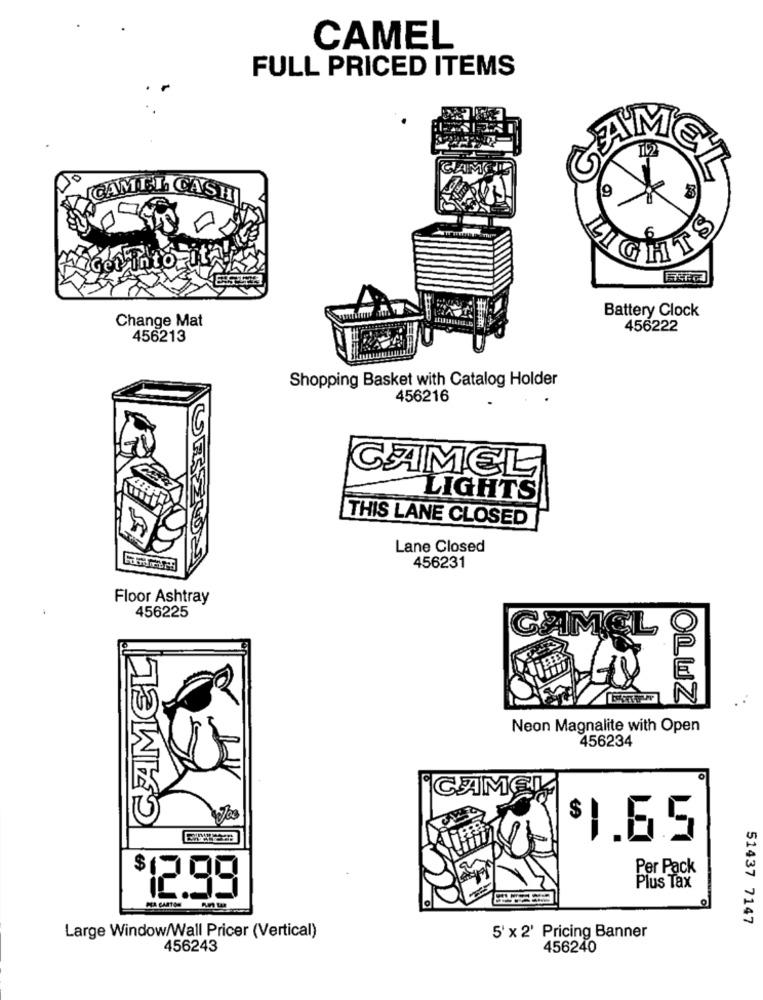
CAMEL
FULL PRICED ITEMS
GAME
CAMEL
9
ASH
IGet intozit
Battery Clock
Change Mat
456222
456213
Shopping Basket with Catalog Holder
456216
CAMEL
LIGHTS
THIS LANE CLOSED
Lane Closed
456231
Floor Ashtray
456225
L
CAMEL
OLWZ
Neon Magnalite with Open
456234
CAMEL
$1.65
Per Pack
Plus Tax
$12.99
PA CARTON
51437 7147
Large Window/Wall Pricer (Vertical)
5'x 2' Pricing Banner
456243
456240